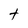
Character: T